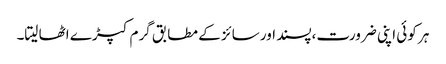
ہر کوئی اپنی ضرورت،پسند اور سائز کے مطابق گرم کپڑے اٹھا لیتا۔